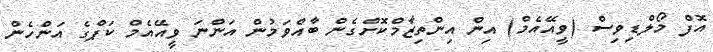
އޮފް މޯލްޑިވިސް (ވީއޭއެމް) އިން އިންތިޒާމްކޮށްގެން ބާއްވަމުން އަންނަ ވީއޭއެމް ކަޕްގެ އަންހެން